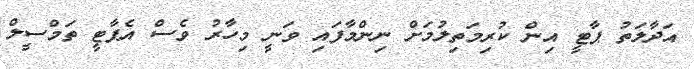
އަދާލަތު ޕާޓީ އިން ކުރިމަތިލުމަށް ނިންމާފައި ވަނީ މިހާރު ވެސް އެޕާޓީ ތަމްސީލް